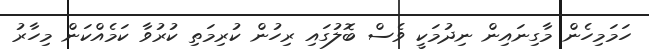
ހަމަމިހެން މާގިނައިން ނިދުމަކީ ވެސް ބޮލުގައި ރިހުން ކުރިމަތި ކުރުވާ ކަމެއްކަން މިހާރު